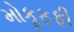
મોકૂફફી